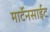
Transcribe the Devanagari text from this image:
मार्टेनसाईट